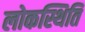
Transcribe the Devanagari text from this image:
लोकस्थिति